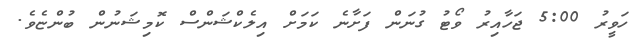
ހަވީރު 5:00 ޖަހާއިރު ވޯޓު ގުނަން ފަށާނެ ކަމަށް އިލެކްޝަންސް ކޮމިޝަނުން ބުންޏެވެ.